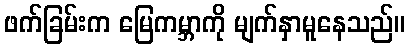
ဖက်ခြမ်းက မြေကမ္ဘာကို မျက်နှာမူနေသည်။